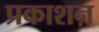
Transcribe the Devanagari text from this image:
प्रकाशऩ